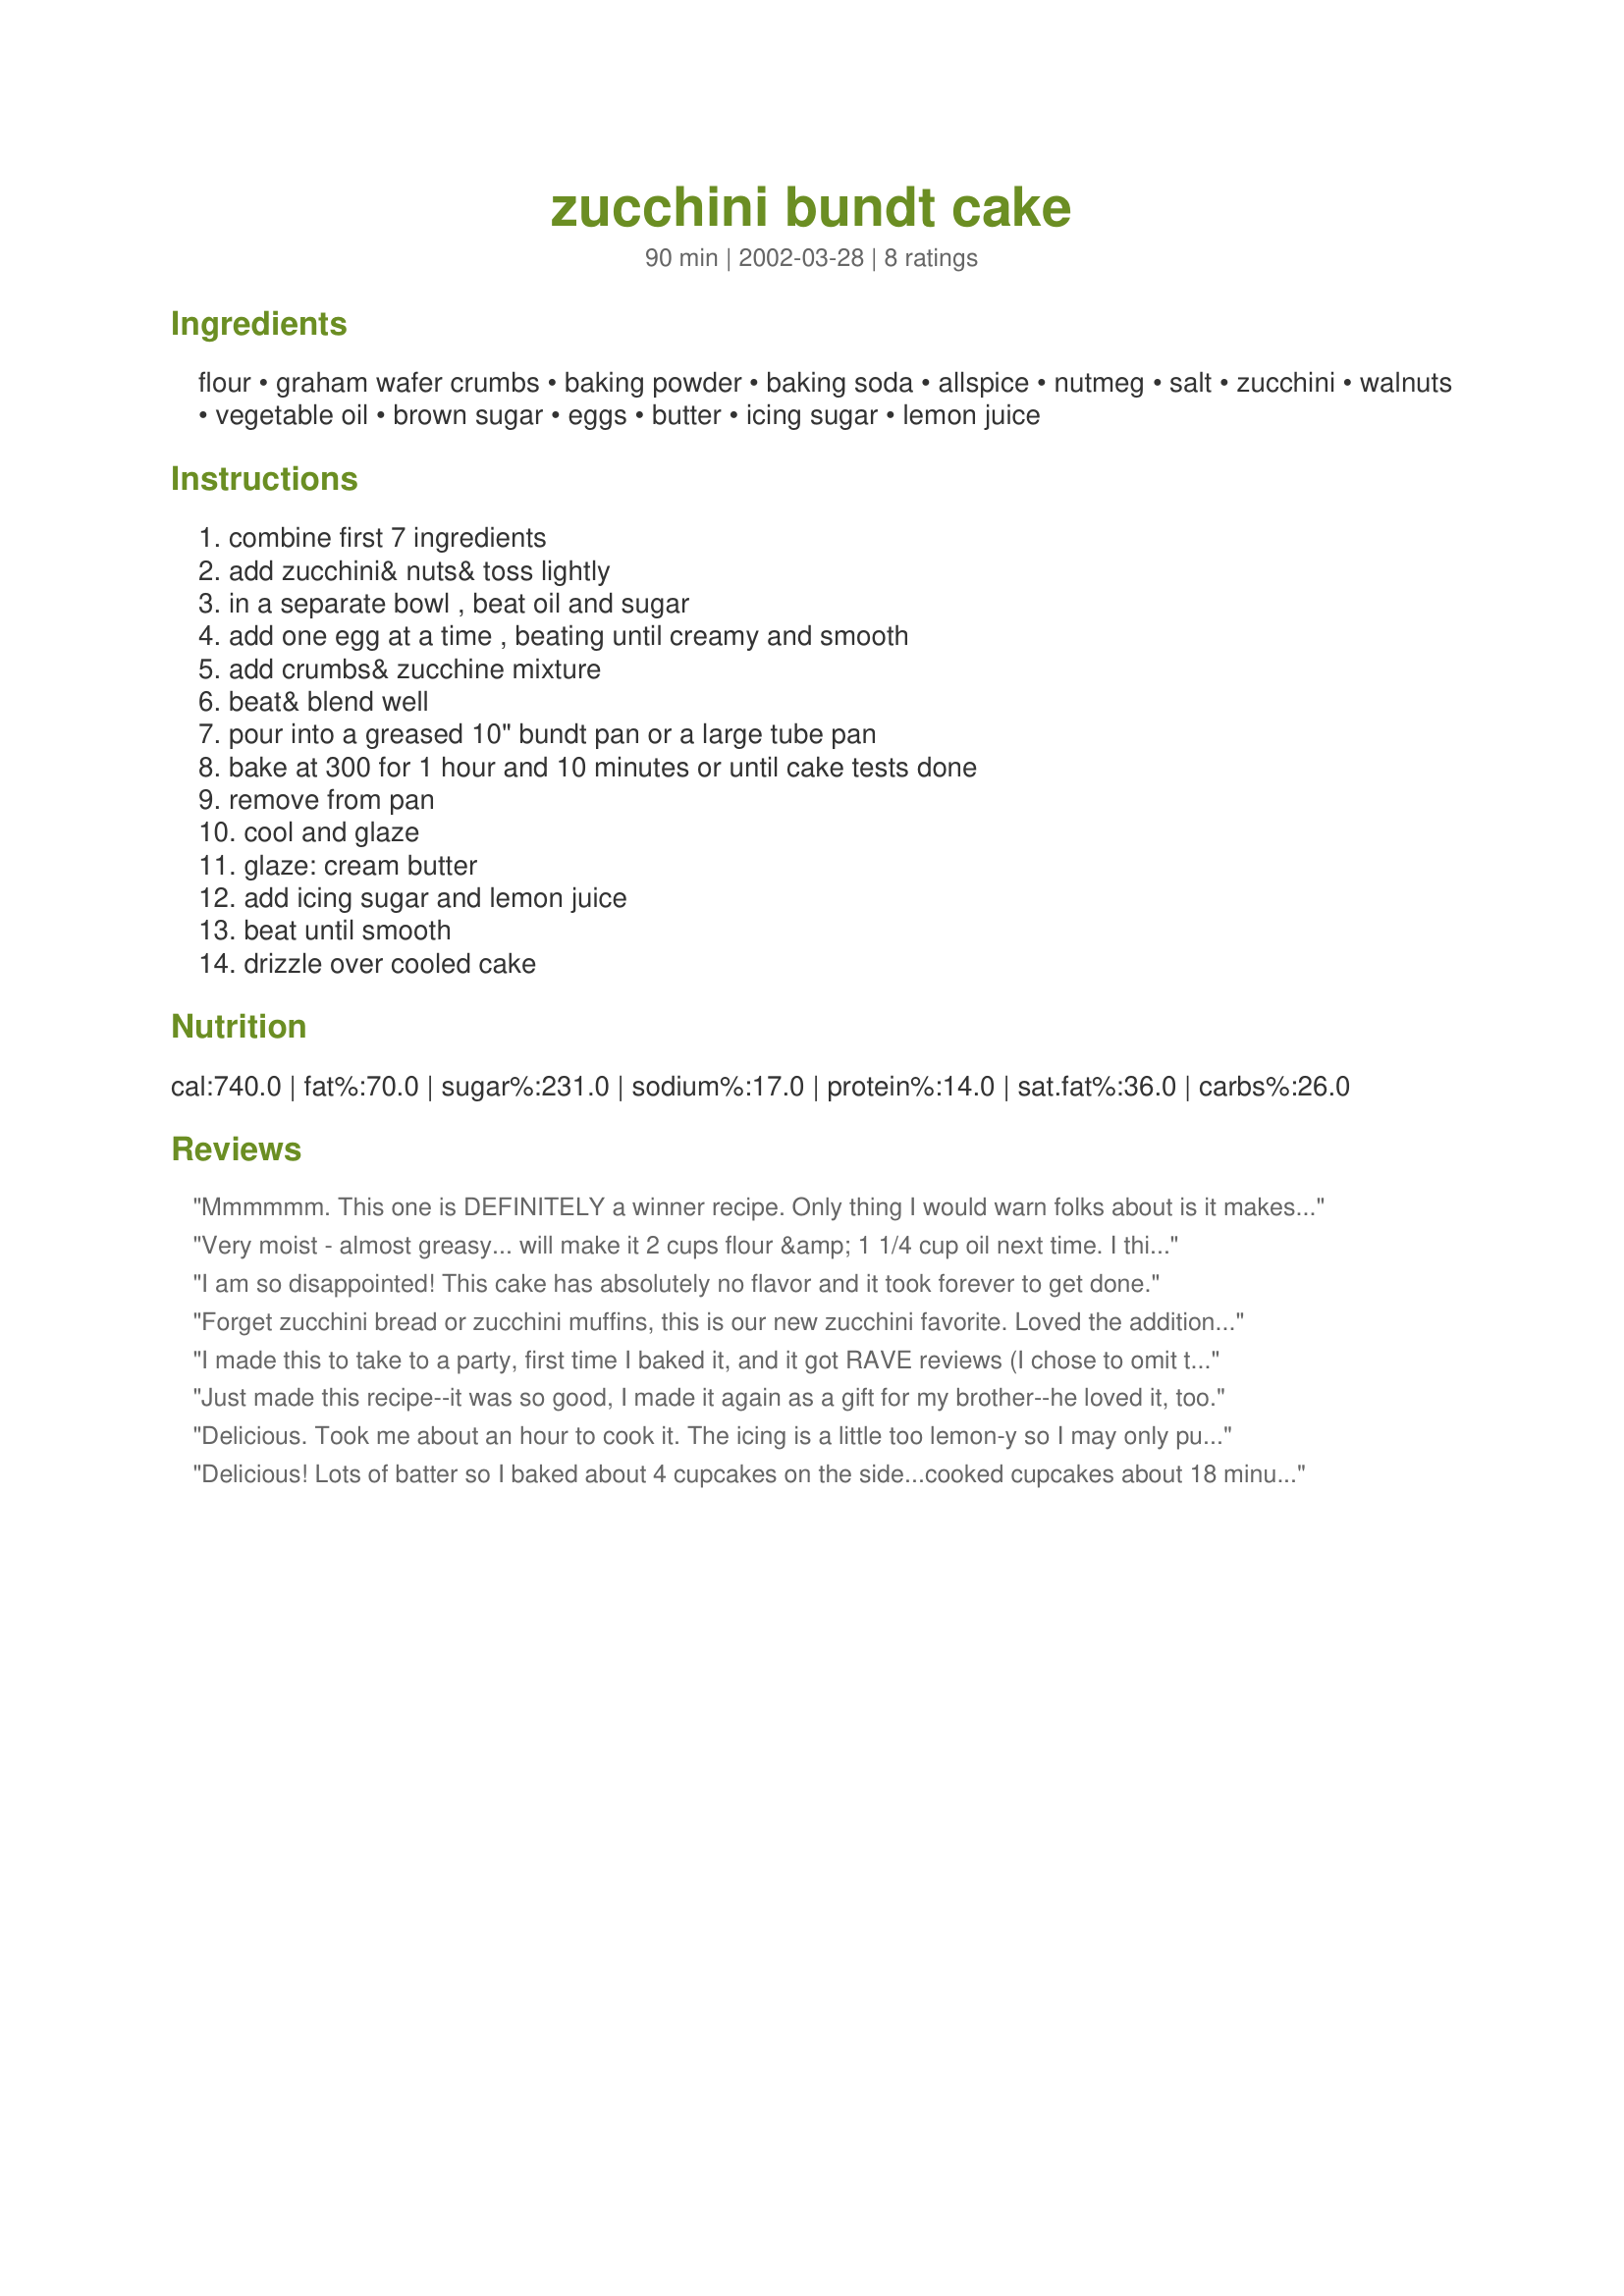
zucchini bundt cake
Preparation time: 90 minutes

Ingredients:
flour, graham wafer crumbs, baking powder, baking soda, allspice, nutmeg, salt, zucchini, walnuts, vegetable oil, brown sugar, eggs, butter, icing sugar, lemon juice

Steps:
combine first 7 ingredients, add zucchini& nuts& toss lightly, in a separate bowl , beat oil and sugar, add one egg at a time , beating until creamy and smooth, add crumbs& zucchine mixture, beat& blend well, pour into a greased 10" bundt pan or a large tube pan, bake at 300 for 1 hour and 10 minutes or until cake tests done, remove from pan, cool and glaze, glaze: cream butter, add icing sugar and lemon juice, beat until smooth, drizzle over cooled cake

Reviews:
Mmmmmm. This one is DEFINITELY a winner recipe. Only thing I would warn folks about is it makes a lotta batter, so use a big bundt pan! Mine boiled over, so next time I'm gonna put a portion in a small bread pan--cook's treat!!
Very moist - almost greasy... will make it 2 cups flour &amp; 1 1/4 cup oil next time. I think it needs a bit more spice so will add cinnamon &amp; 1 tsp. lemon zest in future. Suggest folding in zucchini after mixing.
I am so disappointed! This cake has absolutely no flavor and it took forever to get done.
Forget zucchini bread or zucchini muffins, this is our new zucchini favorite. Loved the addition of the graham cracker crumbs and the glaze was just the perfect finishing touch!!!!! 

Note to self: Beth, make sure to grease the heck out of your bundt pan (I had some stickage).
I made this to take to a party, first time I baked it, and it got RAVE reviews (I chose to omit the walnuts). Very moist, love the addition of allspice! I would suggest beating the eggs first and then adding them to the sugar and oil mix, it seems less messy. Also, I add the zucchini LAST, after I've mixed the other dry and wet ingredients, so the zucchini doesn't get mangled from over-mixing. I also used a stoneware bundt pan and found that it baked in 50 minutes, quite a bit earlier than the recipe states. ENJOY!
Just made this recipe--it was so good, I made it again as a gift for my brother--he loved it, too.
Delicious. Took me about an hour to cook it. The icing is a little too lemon-y so I may only put 1tblsp next time. Came out looking so good that my toddler took a bite out of it while it cooled! It's moist and fluffy--maybe the graham crumbs helped with that--otherwise I don't know what they do for the recipe. I didn't taste them. Thanks for sharing!
Delicious! Lots of batter so I baked about 4 cupcakes on the side...cooked cupcakes about 18 minutes and cake was done in 50 mins. Didn't have any lemon for glaze so I added 1 tsp. sour cream and 1 T. plus 2 tsp. milk instead - worked out great! This is an excellent way to use up that abundance of summer zucchini!
